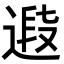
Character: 𨕉